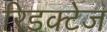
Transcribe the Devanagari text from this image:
रिडक्टेज